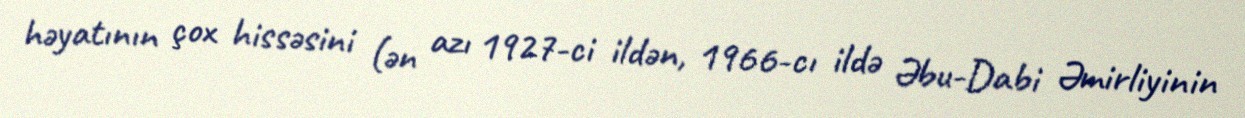
həyatının çox hissəsini (ən azı 1927-ci ildən, 1966-cı ildə Əbu-Dabi Əmirliyinin